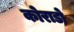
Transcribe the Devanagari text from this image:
कोराडो